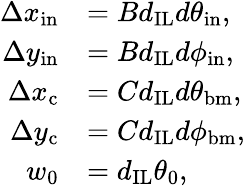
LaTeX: \begin{array}{rl}{\Delta x_{\mathrm{in}}}&{=Bd_{\mathrm{IL}}d\theta_{\mathrm{in}},}\\ {\Delta y_{\mathrm{in}}}&{=Bd_{\mathrm{IL}}d\phi_{\mathrm{in}},}\\ {\Delta x_{\mathrm{c}}}&{=Cd_{\mathrm{IL}}d\theta_{\mathrm{bm}},}\\ {\Delta y_{\mathrm{c}}}&{=Cd_{\mathrm{IL}}d\phi_{\mathrm{bm}},}\\ {w_{0}}&{=d_{\mathrm{IL}}\theta_{0},}\end{array}